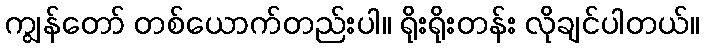
ကျွန်တော် တစ်ယောက်တည်းပါ။ ရိုးရိုးတန်း လိုချင်ပါတယ်။